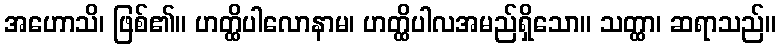
အဟောသိ၊ ဖြစ်၏။ ဟတ္ထိပါလောနာမ၊ ဟတ္ထိပါလအမည်ရှိသော။ သတ္ထာ၊ ဆရာသည်။